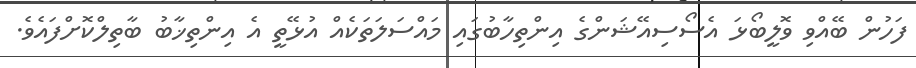
ފަހުން ބޭއްވި ވޮލީބޯޅަ އެސޯސިއޭޝަންގެ އިންތިހާބުގައި މައްސަލަތަކެއް އުޅޭތީ އެ އިންތިޚާބު ބާތިލްކޮށްފައެވެ.